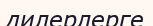
дилерлерге